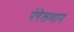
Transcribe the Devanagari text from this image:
पेरेलमान